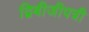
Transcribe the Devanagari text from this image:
द्विबीजीपत्री